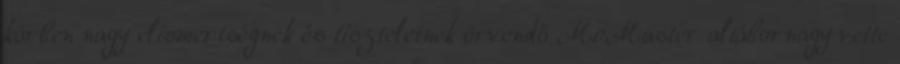
körben nagy elismertségnek és tiszteletnek örvendő McMaster altábornagy vette